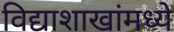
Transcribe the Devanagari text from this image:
विद्याशाखांमध्ये